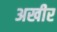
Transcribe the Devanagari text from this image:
अखीर